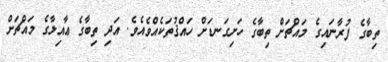
ތިބާގެ ފުރާނައިގެ މައްޗަށް ތިބާގެ ހަށިގަނޑަށް ހައްޤުތަކެއްވެއެވެ. އަދި ތިބާގެ ޢާއިލާގެ މައްޗަށް